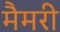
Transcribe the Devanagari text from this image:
मैमरी